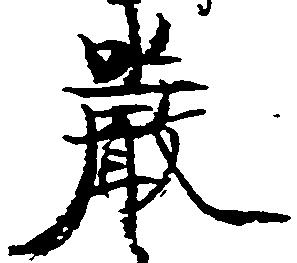
厳